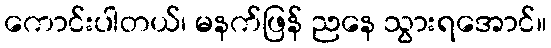
ကောင်းပါတယ်၊ မနက်ဖြန် ညနေ သွားရအောင်။